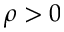
\rho > 0